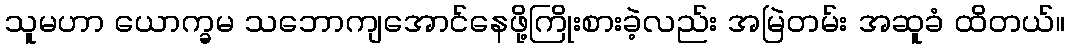
သူမဟာ ယောက္ခမ သဘောကျအောင်နေဖို့ကြိုးစားခဲ့လည်း အမြဲတမ်း အဆူခံ ထိတယ်။